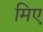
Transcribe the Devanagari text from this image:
मिए